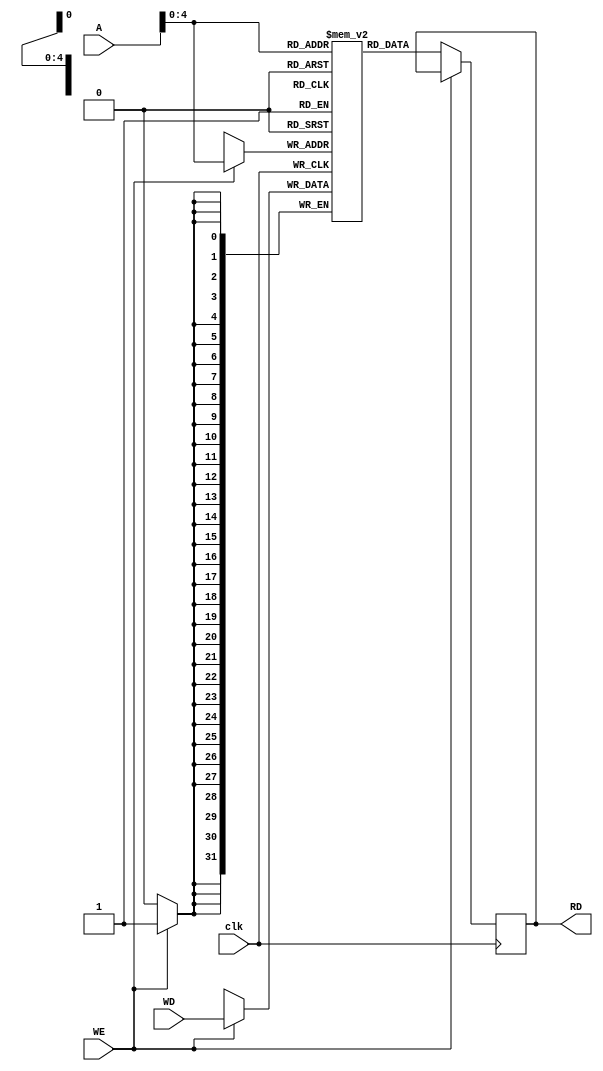
`timescale 1ns / 1ps
//////////////////////////////////////////////////////////////////////////////////
// Company: 
// Engineer: 
// 
// Module Name:    data_memory 
// Project Name: 	 pipelined processor 
// Revision 0.01 - File Created
// Additional Comments: 
//
//////////////////////////////////////////////////////////////////////////////////
module data_memory(
	input wire clk,
	input wire WE,				//write enable
	input wire [31:0] A,		//address
	input wire [31:0] WD,	//input write data
	output reg [31:0] RD		//output read data
	
    );

//data memory storage
	reg [31:0] d_mem[31:0];
	
//data memory body 
	always @(posedge clk)
	if (WE)
		d_mem[A] <= WD;
	else
		RD <= d_mem[A];
	

endmodule